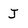
Character: J